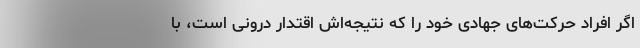
اگر افراد حرکت‌های جهادی خود را که نتیجه‌اش اقتدار درونی است، با